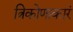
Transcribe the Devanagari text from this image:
त्रिकोणाकारं